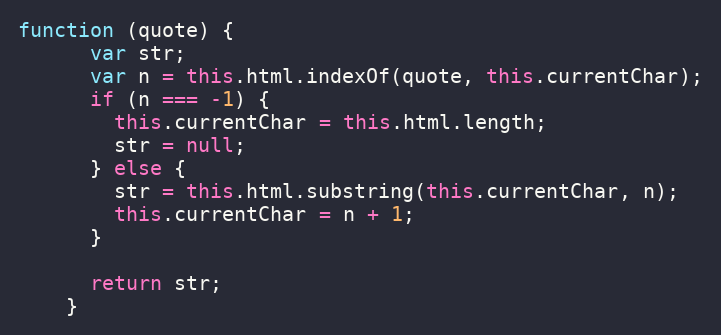
Language: JavaScript
function (quote) {
      var str;
      var n = this.html.indexOf(quote, this.currentChar);
      if (n === -1) {
        this.currentChar = this.html.length;
        str = null;
      } else {
        str = this.html.substring(this.currentChar, n);
        this.currentChar = n + 1;
      }

      return str;
    }